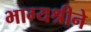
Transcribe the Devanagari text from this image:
भाग्यश्रीने